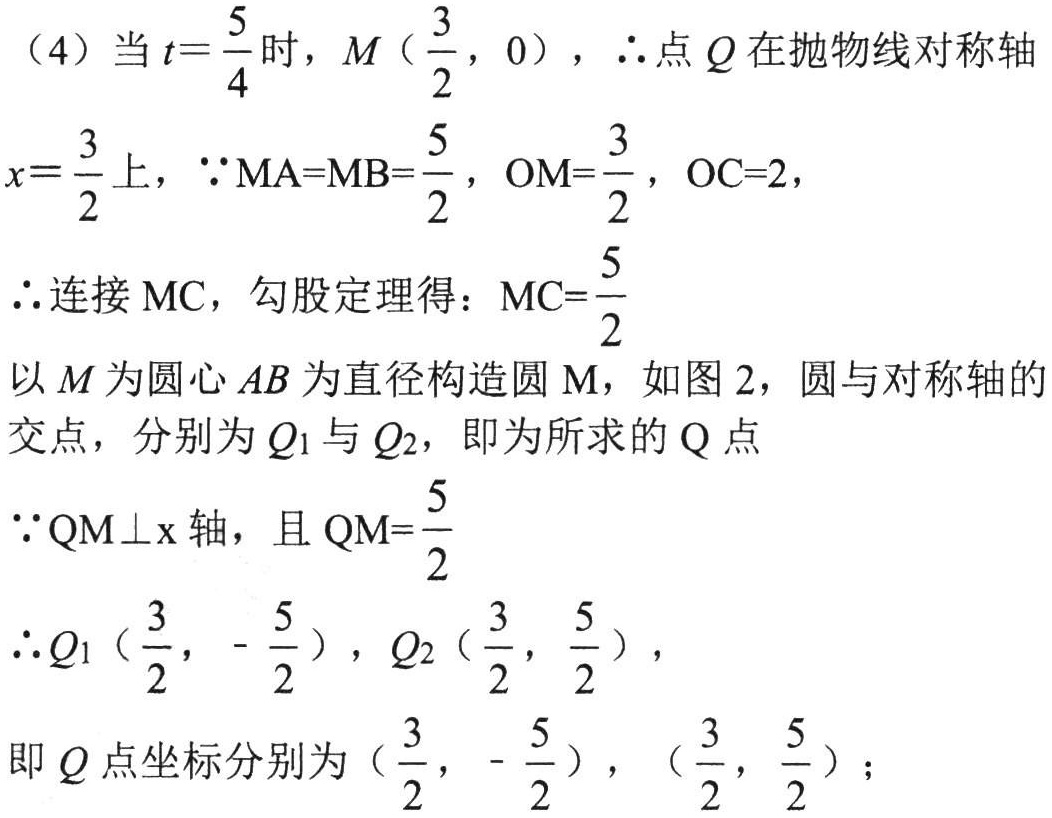
（4）当\(t = \frac{5}{4}\)时，\(M(\frac{3}{2},0)\)，\(\therefore\)点 \(Q\) 在抛物线对称轴
\(x = \frac{3}{2}\)上，\(\because MA = MB=\frac{5}{2}\)，\(OM=\frac{3}{2}\)，\(OC = 2\)，
\(\therefore\)连接 \(MC\)，勾股定理得：\(MC=\frac{5}{2}\)
以 \(M\) 为圆心 \(AB\) 为直径构造圆 \(\mathrm{M}\)，如图 2，圆与对称轴的
交点，分别为 \(Q_1\) 与 \(Q_2\)，即为所求的 \(Q\) 点
\(\because \mathrm{QM}\perp\mathrm{x}\) 轴，且 \(\mathrm{QM}=\frac{5}{2}\)
\(\therefore Q_1(\frac{3}{2},-\frac{5}{2})\)，\(Q_2(\frac{3}{2},\frac{5}{2})\)，
即 \(Q\) 点坐标分别为 \((\frac{3}{2},-\frac{5}{2})\)，\((\frac{3}{2},\frac{5}{2})\)；